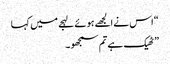
“ اس نے الجھے ہوئے لہجے میں کہا
” ٹھیک ہے تم سمجھو۔